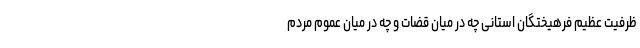
ظرفیت عظیم فرهیختگان استانی چه در میان قضات و چه در میان عموم مردم